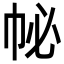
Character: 𢁽